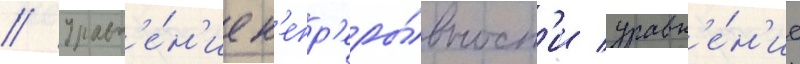
// Уравн'е́н'ие н'епр'еры́вност'и уравн'е́н'ие